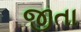
જીતા